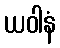
ယဝါနံ